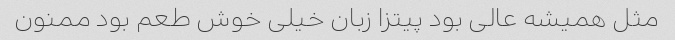
مثل همیشه عالی بود پیتزا زبان خیلی خوش طعم بود ممنون